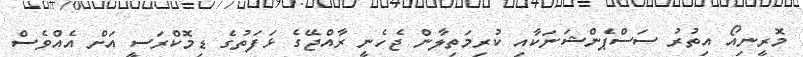
މޮރީނިއޯ އިތުރު ސަސްޕެންޝަނަކާއި ކުރިމަތިލާން ޖެހެނީ ރާއްޖޭގެ ޅަފަތުގެ ޑިމޮކްރަސީ އަށް އެއްވެސް